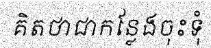
គិតថាជាកន្លែងចុះទុំ